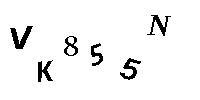
VK855N